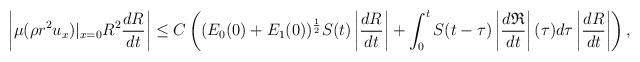
LaTeX: \begin{align*}\left|\mu(\rho r^2u_x)|_{x=0}R^2\frac{dR}{dt}\right|\leq C \left((E_0(0)+E_1(0))^\frac{1}{2}S(t)\left|\frac{dR}{dt}\right|+\int_0^tS(t-\tau)\left|\frac{d\mathfrak{R}}{dt}\right|(\tau)d\tau\left|\frac{dR}{dt}\right|\right),\end{align*}